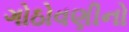
ગોઠોવણીનો